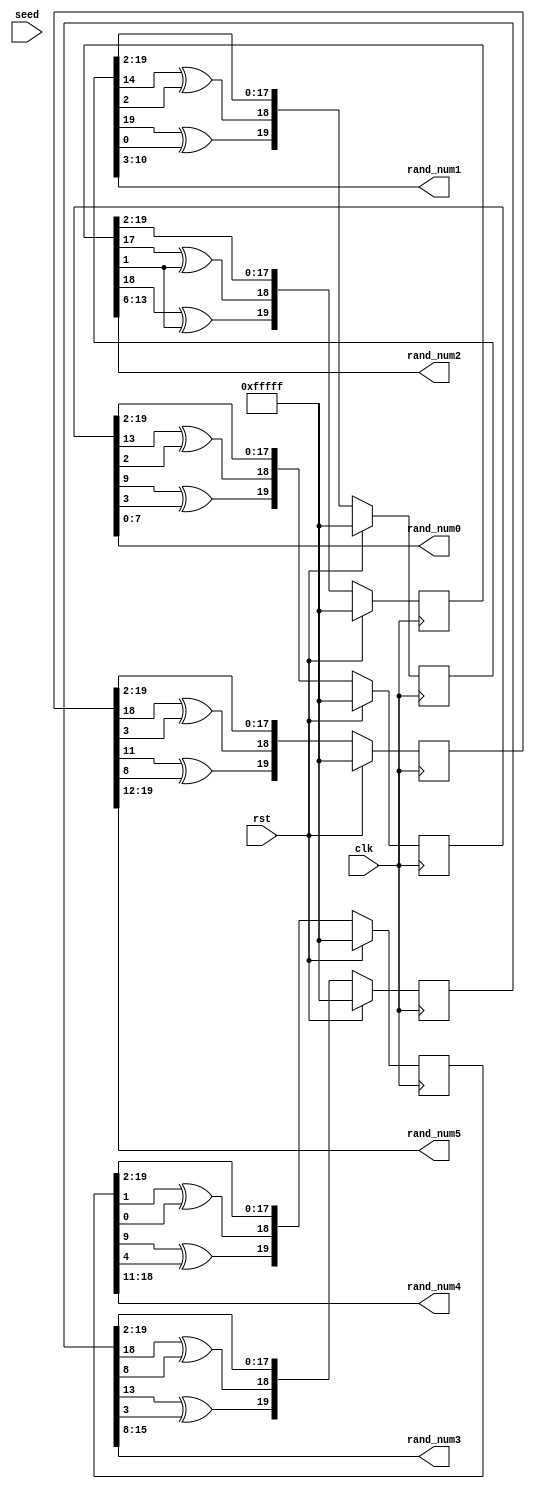
module random1(
    input rst,
    input clk,
    input[19:0] seed,
    output [7:0] rand_num0,
    output [7:0] rand_num1,
    output [7:0] rand_num2,
    output [7:0] rand_num3,
    output [7:0] rand_num4,
    output [7:0] rand_num5

    );
    
reg[19:0] sreg0, sreg1, sreg2, sreg3, sreg4, sreg5; 
wire [1:0] fd_back0, fd_back1, fd_back2, fd_back3, fd_back4, fd_back5;

    assign seed = -1;
    assign fd_back0[0] = sreg0[13] ^ sreg0[2];
    assign fd_back0[1] = sreg0[9] ^ sreg0[3];
    
    assign fd_back1[0] = sreg1[14] ^ sreg1[2];
    assign fd_back1[1] = sreg1[19] ^ sreg1[0];
    
    assign fd_back2[0] = sreg2[17] ^ sreg2[1];
    assign fd_back2[1] = sreg2[18] ^ sreg2[1];
    
    assign fd_back3[0] = sreg3[18] ^ sreg3[8];
    assign fd_back3[1] = sreg3[13] ^ sreg3[3];
    
    assign fd_back4[0] = sreg4[1] ^ sreg4[0];
    assign fd_back4[1] = sreg4[9] ^ sreg4[4];
   
    assign fd_back5[0] = sreg5[18] ^ sreg5[3];
    assign fd_back5[1] = sreg5[11] ^ sreg5[8];



    always @ (posedge clk) begin
        if(rst) begin 
            sreg0 <= seed;
            sreg1 <= seed;
            sreg2 <= seed;
            sreg3 <= seed;
            sreg4 <= seed;
            sreg5 <= seed;


        end
        else begin
            sreg0 <= {fd_back0, sreg0[19:2]};
            sreg1 <= {fd_back1, sreg1[19:2]};
            sreg2 <= {fd_back2, sreg2[19:2]};
            sreg3 <= {fd_back3, sreg3[19:2]};
            sreg4 <= {fd_back4, sreg4[19:2]};
            sreg5 <= {fd_back5, sreg5[19:2]};


        end
    end
    
    assign rand_num0 = sreg0[7:0];
    assign rand_num1 = sreg1[10:3];
    assign rand_num2 = sreg2[13:6];
    assign rand_num3 = sreg3[15:8];
    assign rand_num4 = sreg4[18:11];
    assign rand_num5 = sreg5[19:12];


    
endmodule